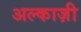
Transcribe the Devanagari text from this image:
अल्काज़ी